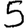
Digit: 5